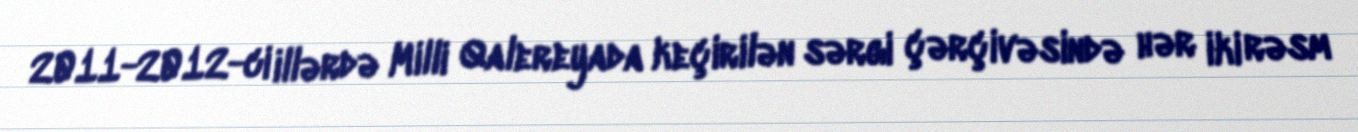
2011-2012-ci illərdə Milli Qalereyada keçirilən sərgi çərçivəsində hər iki rəsm